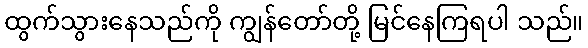
ထွက်သွားနေသည်ကို ကျွန်တော်တို့ မြင်နေကြရပါ သည်။